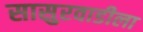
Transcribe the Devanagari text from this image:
सासुरवाडीला